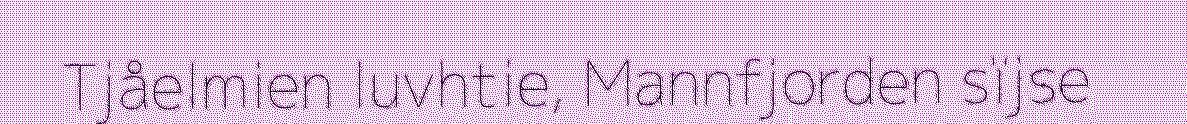
Tjåelmien luvhtie, Mannfjorden sïjse